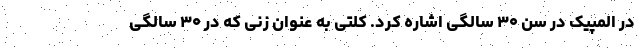
در المپیک در سن ۳۰ سالگی اشاره کرد. کلتی به عنوان زنی که در ۳۰ سالگی